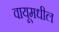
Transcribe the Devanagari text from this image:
वायूमधील